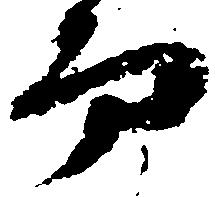
而